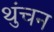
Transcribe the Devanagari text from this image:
थुंचन